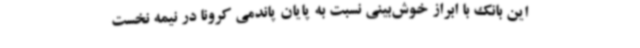
این بانک با ابراز خوش‌بینی نسبت به پایان پاندمی کرونا در نیمه نخست